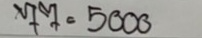
77 = 5000